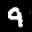
Label: 9